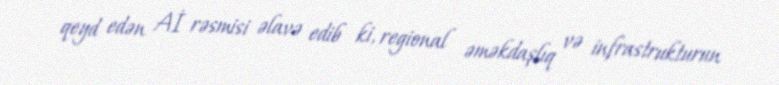
qeyd edən Aİ rəsmisi əlavə edib ki, regional əməkdaşlıq və infrastrukturun